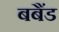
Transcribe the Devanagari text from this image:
बबैंड